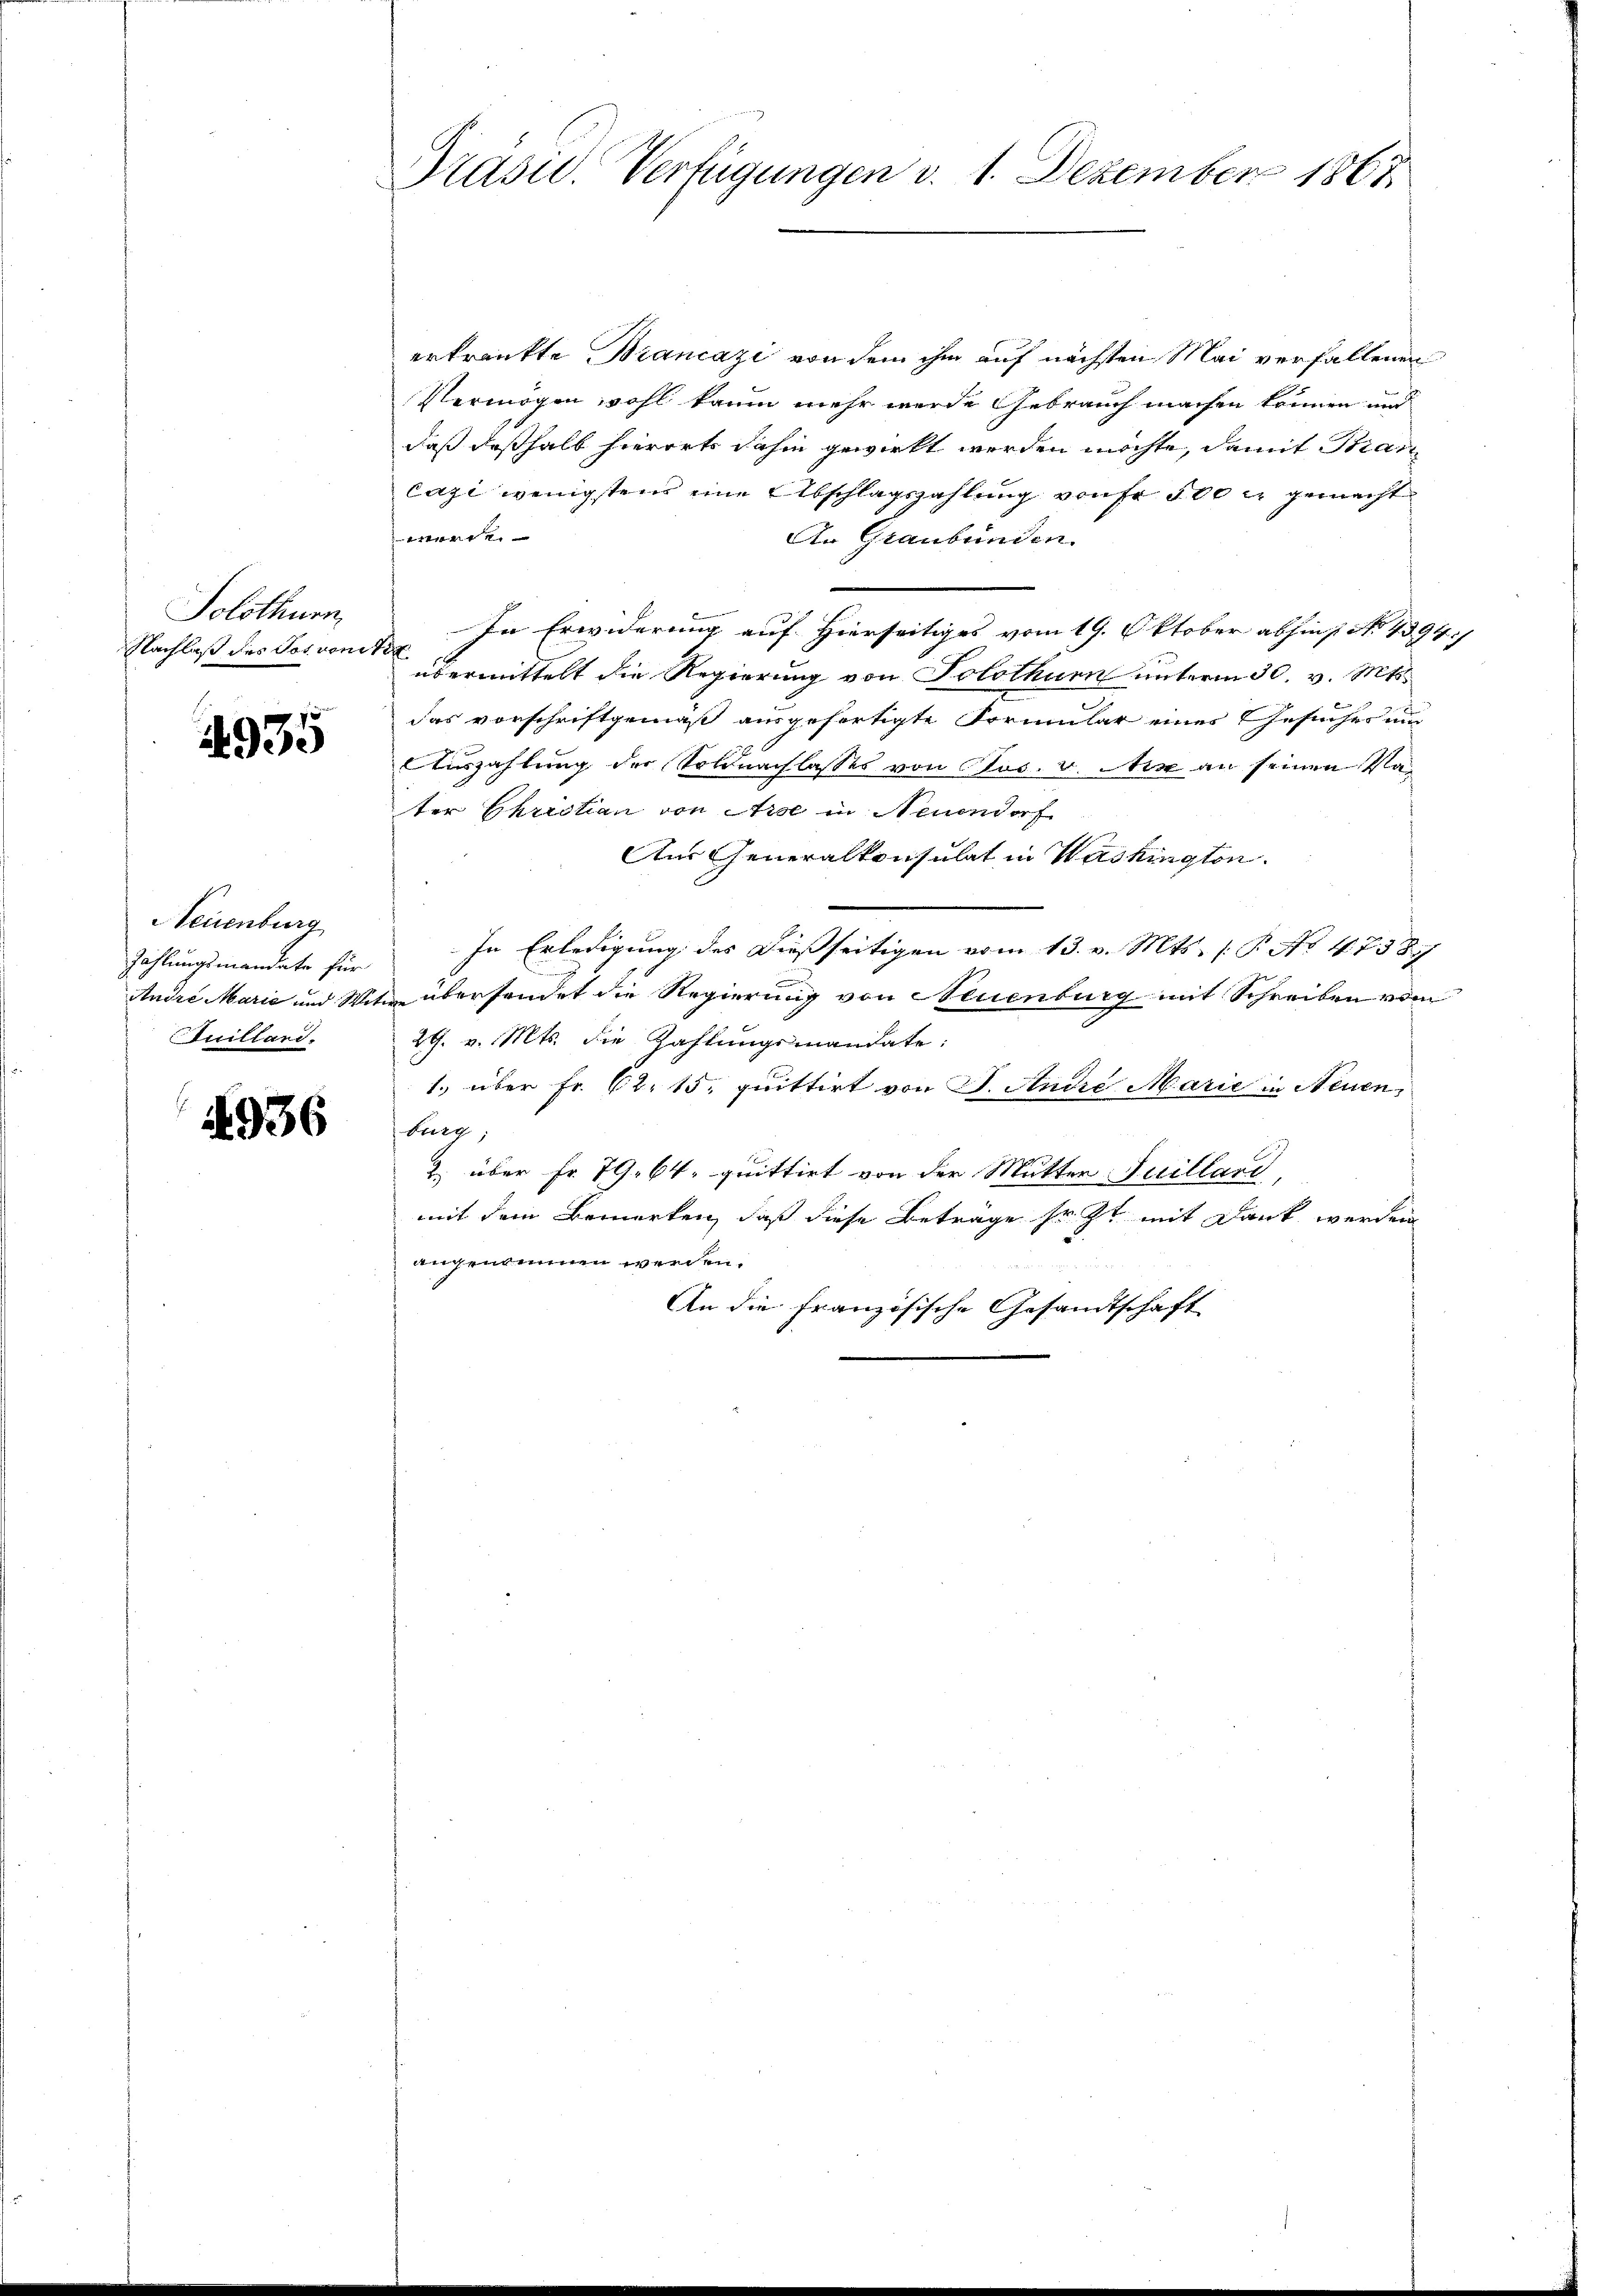
Solothurn,
Nachlaß des Jos. von 122.

4935

erkrankte Biancazi von dem ihm auf nächsten Mai verfallenen
Vermögen wohl kaum mehr werde Gebrauch machen können und
daß deßhalb hierort dahin gewirkt werden möchte, damit Bran
Cazi wenigstens eine Abschlagszahlung von 100 u. gemacht
werde.
An Graubünden.
In Erwiderung auf Hierseitiges vom 19. Oktober abhin No 4394/
übermittelt die Regierung von Solothurn unterm 30. v. Mts.
das vorschriftgemäß ausgefertigte Formular eines Gesuches um
Auszahlung der Soldnachlasses von Jos. v. Mir an seinen Vater Christian von Arse in Neuendorf
Aus Generalkonsulat in Washington.
Zahlungsmandate für In Erledigung des dießseitigen vom 13. v. Mts. (T. No. 47387
Andre Marie und Witwe überhandet die Regierung von Neuenburg mit Schreiben vom
29. v. Mts. die Zahlungsmandate:
1., über Fr. 62. 15. quittirt von J. Andre Marie in Neuenburg,
2. über Fr. 79. 64. quittirt von der Mutter Juillard,
mit dem Bemerken, daß diese Betrage sr. Zt. mit Dank werden
angenommen werden.
An die Französische Gesandtschaft

Neuenburg
Stuilland.

4936

Präsid. Verfügungen v. 1. Dezember 1867